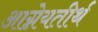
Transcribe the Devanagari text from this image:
आग्नेयतीर्थ